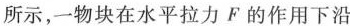
所示，一物块在水平拉力F的作用下沿